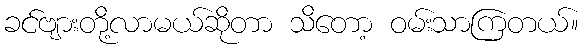
ခင်ဗျားတို့လာမယ်ဆိုတာ သိတော့ ဝမ်းသာကြတယ်။